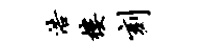
浩楼刻